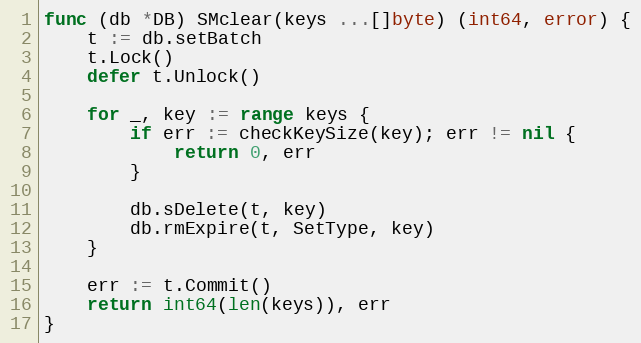
Language: Go
func (db *DB) SMclear(keys ...[]byte) (int64, error) {
	t := db.setBatch
	t.Lock()
	defer t.Unlock()

	for _, key := range keys {
		if err := checkKeySize(key); err != nil {
			return 0, err
		}

		db.sDelete(t, key)
		db.rmExpire(t, SetType, key)
	}

	err := t.Commit()
	return int64(len(keys)), err
}